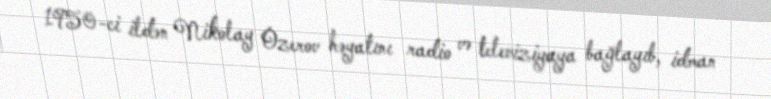
1950-ci ildən Nikolay Ozerov həyatını radio və televiziyaya bağlayıb, idman